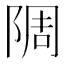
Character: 䧓